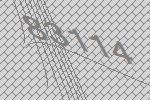
83114